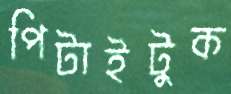
পিটাইটুক